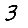
Digit: 3